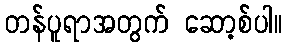
တန်ပူရာအတွက် ဆော့စ်ပါ။